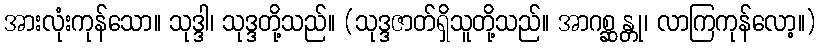
အားလုံးကုန်သော။ သုဒ္ဒါ၊ သုဒ္ဒတို့သည်။ (သုဒ္ဒဇာတ်ရှိသူတို့သည်။ အာဂစ္ဆန္တု၊ လာကြကုန်လော့။)